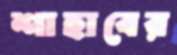
শাহাবের